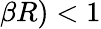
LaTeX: \beta R)<1